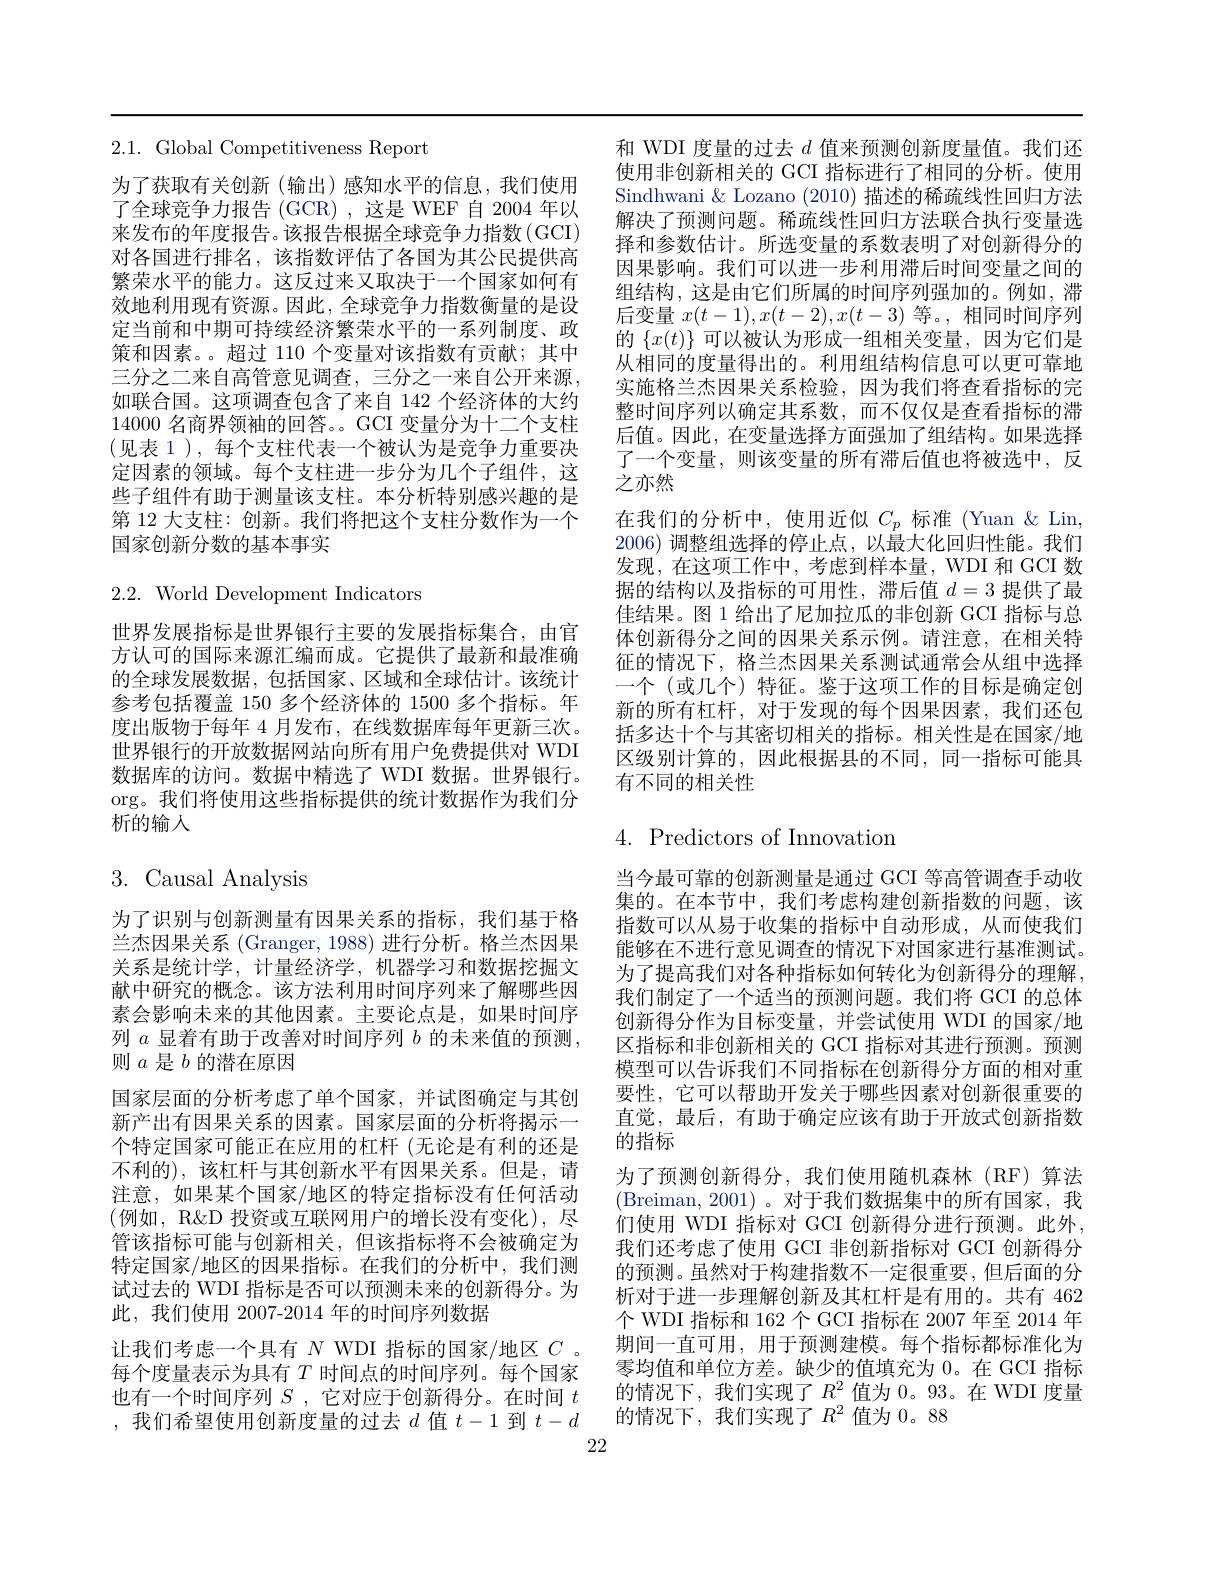
2.1. Global Competitiveness Report

为了获取有关创新(输出)感知水平的信息，我们使用了全球竞争力报告 (GCR),这是 WEF 自 2004 年以来发布的年度报告。该报告根据全球竞争力指数(GCI) 对各国进行排名，该指数评估了各国为其公民提供高繁荣水平的能力。这反过来又取决于一个国家如何有效地利用现有资源。因此，全球竞争力指数衡量的是设定当前和中期可持续经济繁荣水平的一系列制度、政策和因素。。超过 110 个变量对该指数有贡献；其中三分之二来自高管意见调查，三分之一来自公开来源， 如联合国。这项调查包含了来自 142 个经济体的大约14000名商界领袖的回答。。GCI 变量分为十二个支柱(见表 1), 每个支柱代表一个被认为是竞争力重要决定因素的领域。每个支柱进一步分为几个子组件，这些子组件有助于测量该支柱。本分析特别感兴趣的是第 12 大支柱：创新。我们将把这个支柱分数作为一个国家创新分数的基本事实

2.2. World Development Indicators

世界发展指标是世界银行主要的发展指标集合，由官方认可的国际来源汇编而成。它提供了最新和最准确的全球发展数据，包括国家、区域和全球估计。该统计参考包括覆盖 150 多个经济体的 1500 多个指标。年度出版物于每年 4 月发布，在线数据库每年更新三次。世界银行的开放数据网站向所有用户免费提供对 WDI 数据库的访问。数据中精选了 WDI 数据。世界银行。$\operatorname{org}$。我们将使用这些指标提供的统计数据作为我们分析的输入

# 3.Causal Analysis

为了识别与创新测量有因果关系的指标，我们基于格兰杰因果关系(Granger, 1988) 进行分析。格兰杰因果关系是统计学，计量经济学，机器学习和数据挖掘文献中研究的概念。该方法利用时间序列来了解哪些因素会影响未来的其他因素。主要论点是，如果时间序列$a$显着有助于改善对时间序列$b$的未来值的预测， 则$a$是$b$的潜在原因
国家层面的分析考虑了单个国家，并试图确定与其创新产出有因果关系的因素。国家层面的分析将揭示一个特定国家可能正在应用的杠杆(无论是有利的还是不利的),该杠杆与其创新水平有因果关系。但是，请注意，如果某个国家/地区的特定指标没有任何活动(例如，R&D 投资或互联网用户的增长没有变化),尽管该指标可能与创新相关，但该指标将不会被确定为特定国家/地区的因果指标。在我们的分析中，我们测试过去的 WDI 指标是否可以预测未来的创新得分。为此，我们使用 2007-2014 年的时间序列数据
让我们考虑一个具有$N$ WDI 指标的国家/地区$C$ 。每个度量表示为具有$T$时间点的时间序列。每个国家也有一个时间序列$S$ ,它对应于创新得分。在时间$t$

和 WDI 度量的过去$d$值来预测创新度量值。我们还使用非创新相关的 GCI 指标进行了相同的分析。使用Sindhwani & Lozano (2010) 描述的稀疏线性回归方法解决了预测问题。稀疏线性回归方法联合执行变量选择和参数估计。所选变量的系数表明了对创新得分的因果影响。我们可以进一步利用滞后时间变量之间的组结构，这是由它们所属的时间序列强加的。例如，滞后变量$x(t-1),x(t-2),x(t-3)$等。,相同时间序列的$\{x(t)\}$可以被认为形成一组相关变量，因为它们是从相同的度量得出的。利用组结构信息可以更可靠地实施格兰杰因果关系检验，因为我们将查看指标的完整时间序列以确定其系数，而不仅仅是查看指标的滞后值。因此，在变量选择方面强加了组结构。如果选择了一个变量，则该变量的所有滞后值也将被选中，反之亦然
在我们的分析中，使用近似$C_p$标准(Yuan &Lin, 2006)调整组选择的停止点，以最大化回归性能。我们发现，在这项工作中，考虑到样本量，WDI 和 GCI 数据的结构以及指标的可用性，滞后值$d=3$提供了最佳结果。图1 给出了尼加拉瓜的非创新 GCI 指标与总体创新得分之间的因果关系示例。请注意，在相关特征的情况下，格兰杰因果关系测试通常会从组中选择一个 (或几个)特征。鉴于这项工作的目标是确定创新的所有杠杆，对于发现的每个因果因素，我们还包括多达十个与其密切相关的指标。相关性是在国家/地区级别计算的，因此根据县的不同，同一指标可能具有不同的相关性

# $4.{\mathrm{~Predictors~of~Innovation}}$

当今最可靠的创新测量是通过 GCI 等高管调查手动收集的。在本节中，我们考虑构建创新指数的问题，该指数可以从易于收集的指标中自动形成，从而使我们能够在不进行意见调查的情况下对国家进行基准测试。为了提高我们对各种指标如何转化为创新得分的理解， 我们制定了一个适当的预测问题。我们将 GCI 的总体创新得分作为目标变量，并尝试使用 WDI 的国家/地区指标和非创新相关的 GCI 指标对其进行预测。预测模型可以告诉我们不同指标在创新得分方面的相对重要性，它可以帮助开发关于哪些因素对创新很重要的直觉，最后，有助于确定应该有助于开放式创新指数的指标
为了预测创新得分，我们使用随机森林(RF)算法(Breiman,2001)。对于我们数据集中的所有国家，我们使用 WDI 指标对 GCI 创新得分进行预测。此外， 我们还考虑了使用 GCI 非创新指标对 GCI 创新得分的预测。虽然对于构建指数不一定很重要，但后面的分析对于进一步理解创新及其杠杆是有用的。共有 462个 WDI 指标和 162 个 GCI 指标在 2007 年至 2014 年期间一直可用，用于预测建模。每个指标都标准化为零均值和单位方差。缺少的值填充为 0。在 GCI 指标的情况下，我们实现了$R^2$ 值为 0。93。在 WDI 度量
我们希望使用创新度量的过去$\begin{array}{c}d\text{值 }t-1\text{ 到 }t-d\\22\end{array}$的情况下，我们实现了$R^2$ 值为 0。88